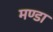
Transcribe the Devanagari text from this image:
मण्डा